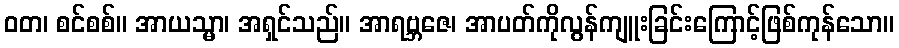
ဝတ၊ စင်စစ်။ အာယသ္မာ၊ အရှင်သည်။ အာရဗ္ဘဇေ၊ အာပတ်ကိုလွန်ကျူးခြင်းကြောင့်ဖြစ်ကုန်သော။